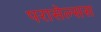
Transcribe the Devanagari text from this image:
परासेल्सस